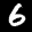
Label: 6